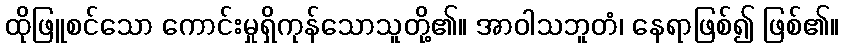
ထိုဖြူစင်သော ကောင်းမှုရှိကုန်သောသူတို့၏။ အာဝါသဘူတံ၊ နေရာဖြစ်၍ ဖြစ်၏။